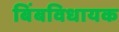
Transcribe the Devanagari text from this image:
बिंबविधायक